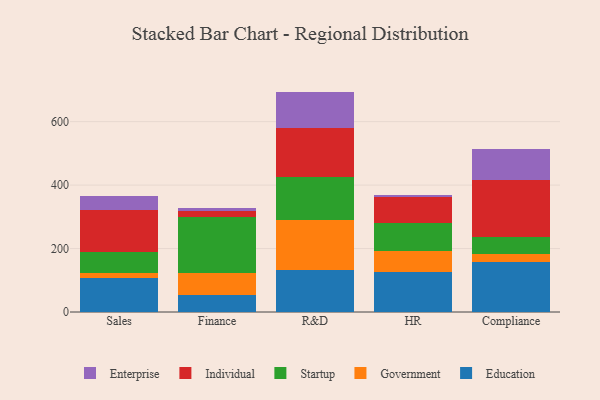
{"axis": {"x": "Department", "y": "Satisfaction Score"}, "legend": ["Education", "Enterprise", "Government", "Individual", "Startup"], "data": [{"x": "Sales", "y": 107.7, "type": "Education"}, {"x": "Sales", "y": 16.4, "type": "Government"}, {"x": "Sales", "y": 63.8, "type": "Startup"}, {"x": "Sales", "y": 134.4, "type": "Individual"}, {"x": "Sales", "y": 43.5, "type": "Enterprise"}, {"x": "Finance", "y": 53.0, "type": "Education"}, {"x": "Finance", "y": 70.0, "type": "Government"}, {"x": "Finance", "y": 175.7, "type": "Startup"}, {"x": "Finance", "y": 20.2, "type": "Individual"}, {"x": "Finance", "y": 8.7, "type": "Enterprise"}, {"x": "R&D", "y": 132.9, "type": "Education"}, {"x": "R&D", "y": 157.6, "type": "Government"}, {"x": "R&D", "y": 133.6, "type": "Startup"}, {"x": "R&D", "y": 155.4, "type": "Individual"}, {"x": "R&D", "y": 115.2, "type": "Enterprise"}, {"x": "HR", "y": 127.2, "type": "Education"}, {"x": "HR", "y": 65.5, "type": "Government"}, {"x": "HR", "y": 88.5, "type": "Startup"}, {"x": "HR", "y": 80.8, "type": "Individual"}, {"x": "HR", "y": 6.9, "type": "Enterprise"}, {"x": "Compliance", "y": 157.5, "type": "Education"}, {"x": "Compliance", "y": 25.9, "type": "Government"}, {"x": "Compliance", "y": 53.7, "type": "Startup"}, {"x": "Compliance", "y": 179.9, "type": "Individual"}, {"x": "Compliance", "y": 97.4, "type": "Enterprise"}]}